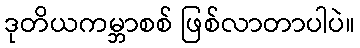
ဒုတိယကမ္ဘာစစ် ဖြစ်လာတာပါပဲ။